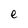
Character: e